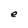
Character: e